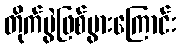
တိုက်ပွဲဖြစ်ပွားကြောင်း